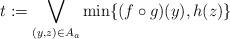
LaTeX: \begin{align*}t:=\bigvee\limits_{(y,z)\in A_a} {\min \{ (f \circ g)(y),h(z)\} } \end{align*}